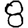
Digit: 8